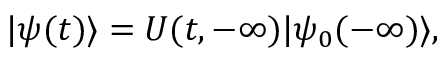
| \psi ( t ) \rangle = U ( t , - \infty ) | \psi _ { 0 } ( - \infty ) \rangle ,